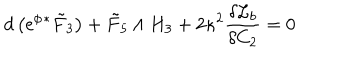
LaTeX: d \left( \mathrm { e } ^ { \phi } { } ^ { * } { \tilde { F } } _ { 3 } \right) + { \tilde { F } } _ { 5 } \wedge H _ { 3 } + 2 \kappa ^ { 2 } \frac { \delta { \cal { L } } _ { b } } { \delta C _ { 2 } } = 0